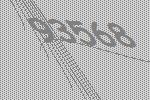
93568